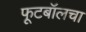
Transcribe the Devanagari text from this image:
फूटबॉलचा